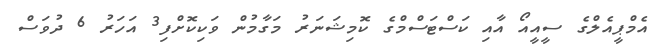
އެމްޕީއެލްގެ ސީއީއޯ އާއި ކަސްޓަސްމްގެ ކޮމިޝަނަރު މަގާމުން ވަކިކޮށްފި3 އަހަރު 6 ދުވަސް